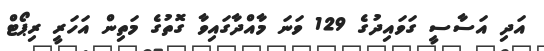
އަދި އަސާސީ ގަވައިދުގެ 129 ވަނަ މާއްދާގައިވާ ގޮތުގެ މަތިން އަހަރީ ރިޕޯޓް